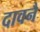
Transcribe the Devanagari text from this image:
दावनै